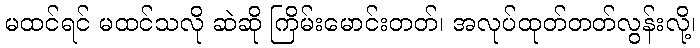
မထင်ရင် မထင်သလို ဆဲဆို ကြိမ်းမောင်းတတ်၊ အလုပ်ထုတ်တတ်လွန်းလို့၊